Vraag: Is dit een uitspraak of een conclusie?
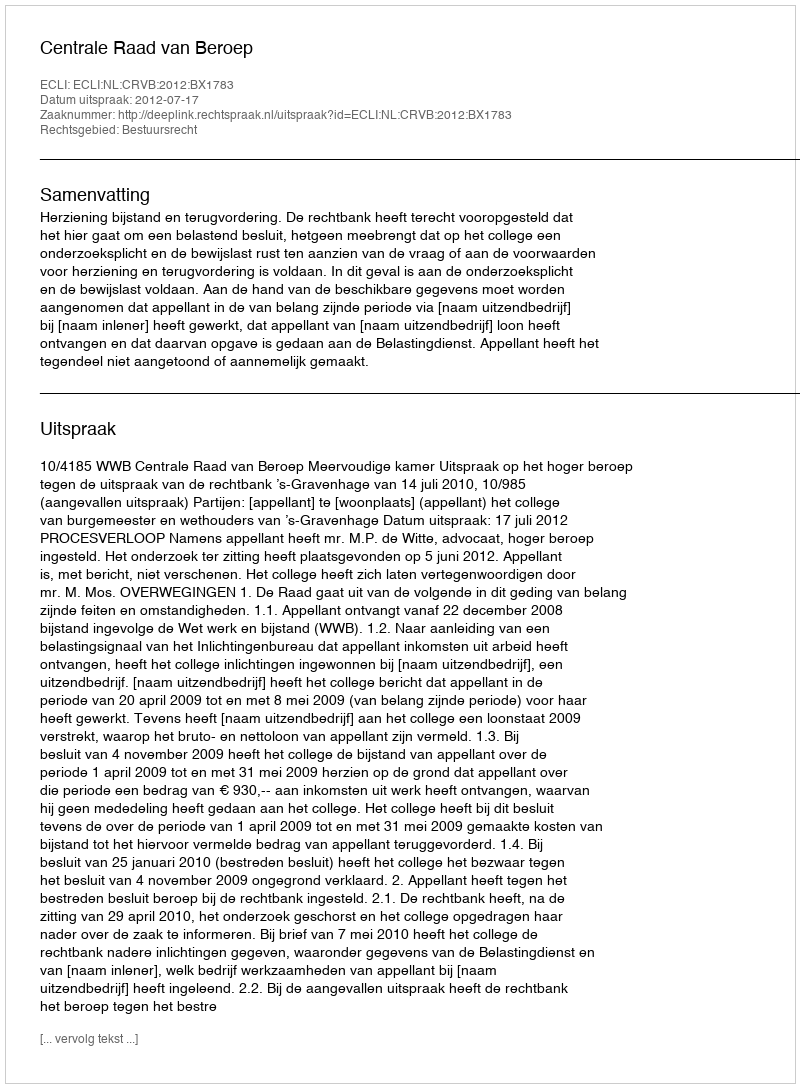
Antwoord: Uitspraak